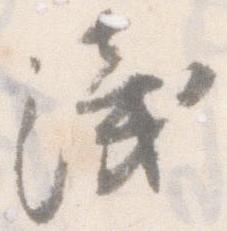
浅